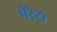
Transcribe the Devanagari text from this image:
पेरेटो